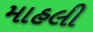
માહલી